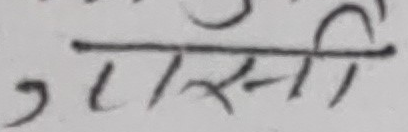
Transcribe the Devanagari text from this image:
एससी